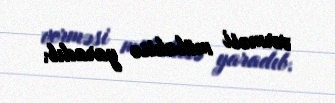
verməsi mübahisə yaradıb.